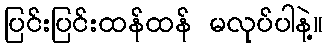
ပြင်းပြင်းထန်ထန် မလုပ်ပါနဲ့။